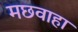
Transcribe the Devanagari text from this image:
मछवाहा